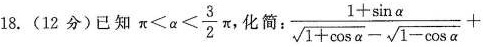
18.(12分)已知$$\pi< \alpha < \frac{3}{2}\pi$$,化简 $$: \frac{1+ \sin \alpha}{\sqrt{1+ \cos \alpha}- \sqrt{1- \cos \alpha}}+$$